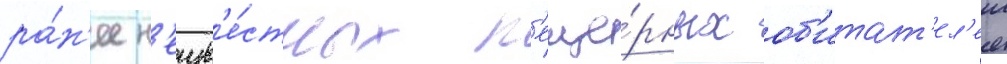
ра́н'ее н'еизв'е́стных п'еще́рных об'итат'ел'еи